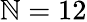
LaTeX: \mathbb{N}=12